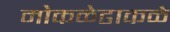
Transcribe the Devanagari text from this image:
मोकळेढाकळे